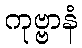
ကုဗ္ဗာနံ